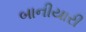
બાનીયારી